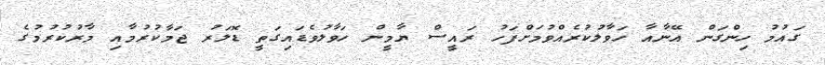
ގައުމު ހިންގަން އޭނާއާ ހަވާލުކުރެއްވުމަށްފަހު ރައީސް ޔާމީން ހަވާލުވެޑައިގަތީ ޑޮލަރު ޖަމާކުރުމާއި މާރުކުރުމުގެ